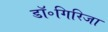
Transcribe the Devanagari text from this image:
डॉ॰गिरिजा